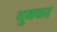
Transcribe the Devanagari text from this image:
वुक्का